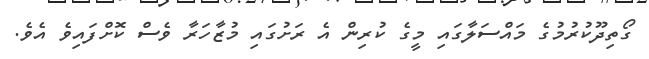
ގޯތިދޫކުރުމުގެ މައްސަލާގައި މީގެ ކުރިން އެ ރަށުގައި މުޒާހަރާ ވެސް ކޮށްފައިވެ އެވެ.